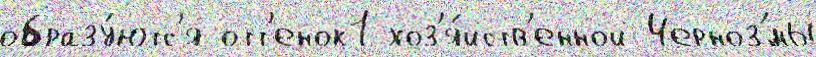
образу́ютс'я отт'енок1 хоз'я́йств'енной Черноз'́мы